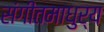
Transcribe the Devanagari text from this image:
संगीतमाधुर्य